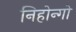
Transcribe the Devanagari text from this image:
निहोन्गो